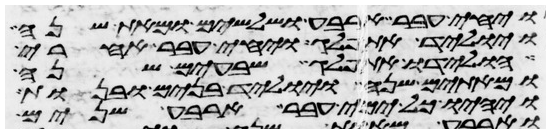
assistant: ויחי עבר ארבע ושלשים ומאת שנה
ויוליד את פלג ויחי עבר אחרי
הולידו את פלג שבעים שנה
ומאתים שנה ויוליד בנים ובנות
ויהיו כל ימי עבר ארבע שנים